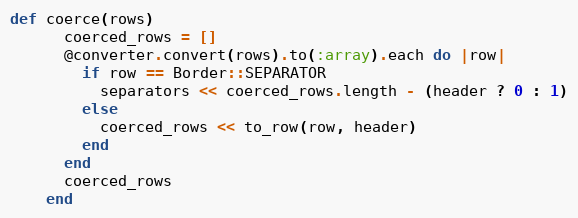
Language: Ruby
def coerce(rows)
      coerced_rows = []
      @converter.convert(rows).to(:array).each do |row|
        if row == Border::SEPARATOR
          separators << coerced_rows.length - (header ? 0 : 1)
        else
          coerced_rows << to_row(row, header)
        end
      end
      coerced_rows
    end